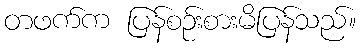
တဖက်က ပြန်စဉ်းစားမိပြန်သည်။